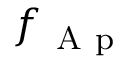
f _ { \mathrm { ~ A ~ p ~ } }